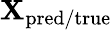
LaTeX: {\mathbf{X}}_{\mathrm{pred/true}}